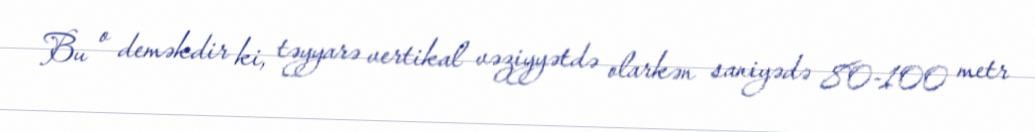
Bu o deməkdir ki, təyyarə vertikal vəziyyətdə olarkən saniyədə 80-100 metr